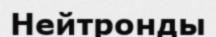
Нейтронды